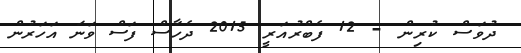
ދުވަސް ކުރިން - 12 ފެބްރުއަރީ 2015 ދެހާސް ފަސް ވަނަ އަހަރުން